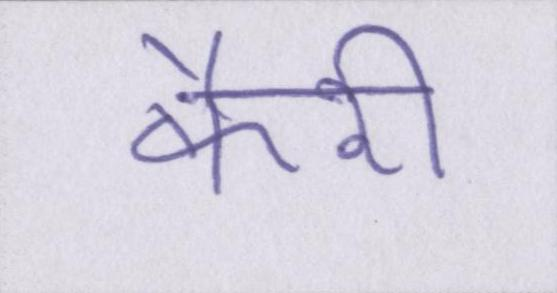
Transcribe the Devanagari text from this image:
कैरी